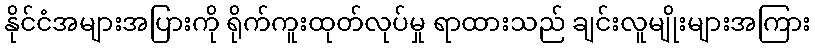
နိုင်ငံအများအပြားကို ရိုက်ကူးထုတ်လုပ်မှု ရာထားသည် ချင်းလူမျိုးများအကြား